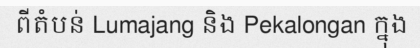
ពីតំបន់ Lumajang និង Pekalongan ក្នុង